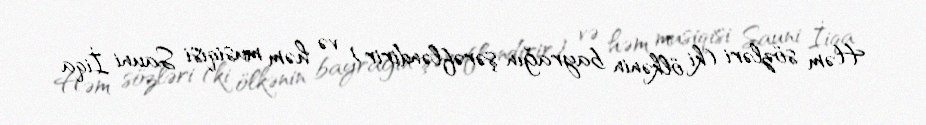
Həm sözləri (ki ölkənin bayrağın şərəfləndirir) və həm musiqisi Sauni İiqa